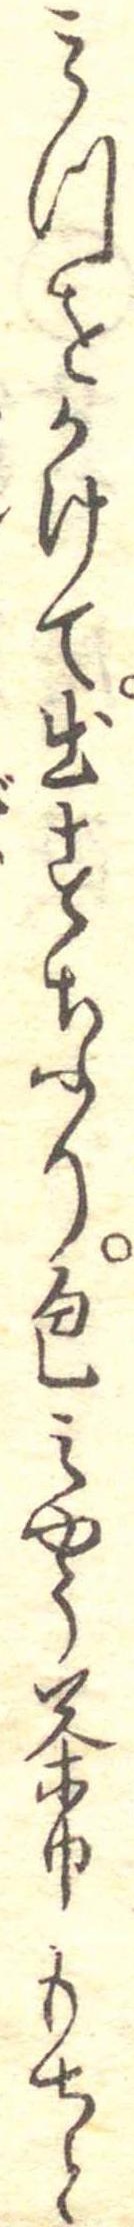
みつをかけて出すなり色之やう茶巾もちと